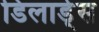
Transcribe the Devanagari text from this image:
डिलार्ड्स